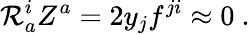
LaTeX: \mathcal{R}_{a}^{i}Z^{a}=2y_{j}f^{ji}\approx0\ .